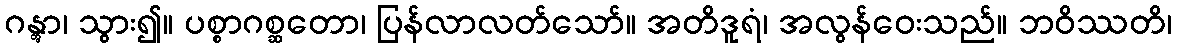
ဂန္တွာ၊ သွား၍။ ပစ္စာဂစ္ဆတော၊ ပြန်လာလတ်သော်။ အတိဒူရံ၊ အလွန်ဝေးသည်။ ဘဝိဿတိ၊